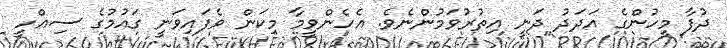
ދުފާ މީހުންގެ އަދަދު ދަނީ އިތުރުވަމުންނެވެ. އެހެންވީމާ މިކަން ވެފައިވަނީ ގައުމުގެ ސިއްހީ